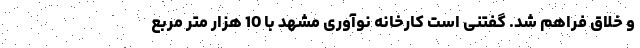
و خلاق فراهم شد. گفتنی است کارخانه نوآوری مشهد با 10 هزار متر مربع